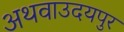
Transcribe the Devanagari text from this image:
अथवाउदयपुर